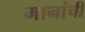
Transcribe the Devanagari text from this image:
मानांची